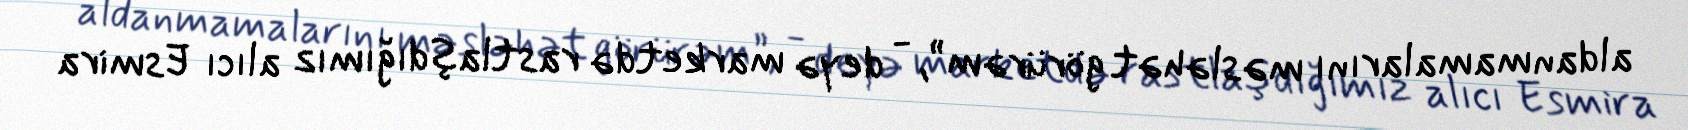
aldanmamalarını məsləhət görürəm”, - deyə marketdə rastlaşdığımız alıcı Esmira